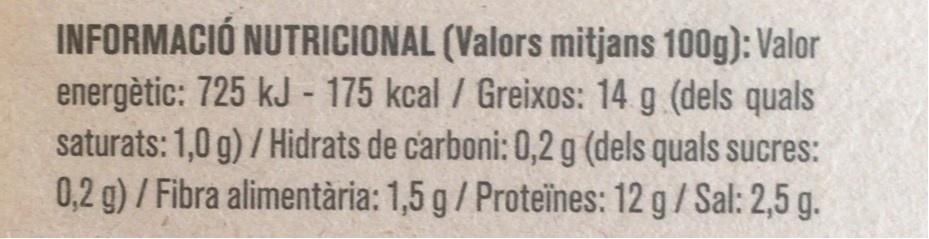
INFORMACIÓ NUTRICIONAL (Valors mitjans 100g): Valor energètic: 725 kJ - 175 kcal / Greixos: 14 g (dels quals saturats: 1,0 g) / Hidrats de carboni: 0,2 g (dels quals sucres: 0,2 g) / Fibra alimentària: 1,5 g/Proteïnes: 12 g/ Sal: 2,5 g.